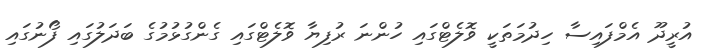
އުރީދޫ އެމްފައިސާ ހިދުމަތަކީ ވޮލެޓްގައި ހުންނަ ރުފިޔާ ވޮލެޓްގައި ގެންގުޅުމުގެ ބަދަލުގައި ފޯނުގައި